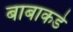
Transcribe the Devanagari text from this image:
बाबाकडे